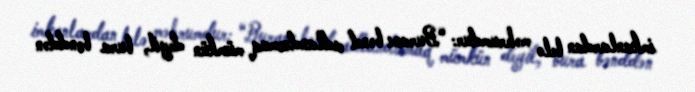
imkanlardan belə məhrumdur: “Buranı bənd adlandırmaq mümkün deyil, bura bənddən